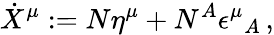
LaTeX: \dot{X}^{\mu}:=N\eta^{\mu}+N^{A}\epsilon^{\mu}{}_{A}\, ,